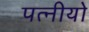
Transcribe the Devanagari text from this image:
पत्नीयो